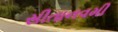
સીતાનવમી